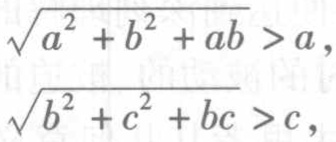
\[\sqrt{a^{2}+b^{2}+ab}>a,\]

\[\sqrt{b^{2}+c^{2}+bc}>c,\]